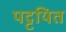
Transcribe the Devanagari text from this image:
पट्टयित